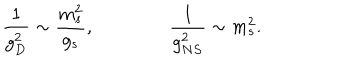
LaTeX: \frac { 1 } { g _ { D } ^ { 2 } } \sim \frac { m _ { s } ^ { 2 } } { g _ { s } } , \qquad \qquad \frac { 1 } { g _ { N S } ^ { 2 } } \sim m _ { s } ^ { 2 } .